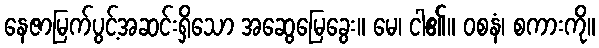
နေဇာမြက်ပွင့်အဆင်းရှိသော အဆွေမြေခွေး။ မေ၊ ငါ၏။ ဝစနံ၊ စကားကို။